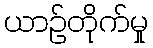
ယာဉ်တိုက်မှု